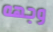
وجهه